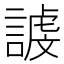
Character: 𮘭